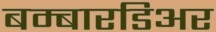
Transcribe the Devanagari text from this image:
बम्बारडिअर